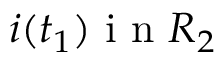
i ( t _ { 1 } ) \mathrm { ~ i ~ n ~ } R _ { 2 }